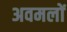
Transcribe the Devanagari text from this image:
अवमलों